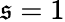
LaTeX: \mathfrak{s}=1